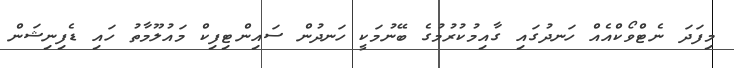
މިފަދަ ނެޓްވޯކްއެއް ހަނދުގައި ގާއިމުކުރުމުގެ ބޭނުމަކީ ހަނދުން ސައިންޓިފިކް މައުލޫމާތު ހައި ޑެފިނިޝަން